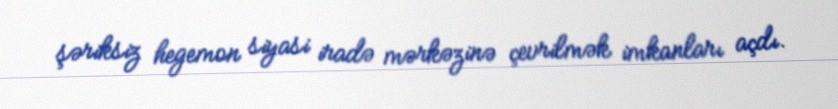
şəriksiz hegemon siyasi iradə mərkəzinə çevrilmək imkanları açdı.